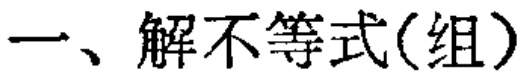
一、解不等式(组)